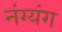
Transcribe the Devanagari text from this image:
नंग्यंग